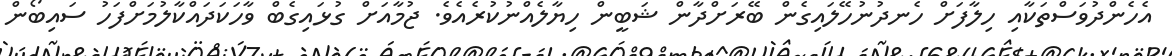
އެހެންދުވަސްތަކާއި ހިލާފަށް ހެނދުނުހޭލައިގެން ބޭރަށްދާން ޝަބީން ހިޔާލެއްނުކުރެއެވެ. ޖުމާއަށް ގުޅައިގެބް ވާހަކަދައްކާލުމަށްފަހު ސައިބޯން